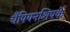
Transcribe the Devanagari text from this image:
चैंपियनशिपके